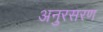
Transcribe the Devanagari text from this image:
अनुरसरण